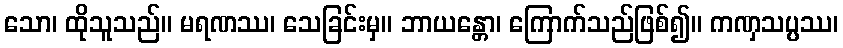
သော၊ ထိုသူသည်။ မရဏဿ၊ သေခြင်းမှ။ ဘာယန္တော၊ ကြောက်သည်ဖြစ်၍။ ကဏှသပ္ပဿ၊